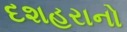
દશહરાનો